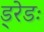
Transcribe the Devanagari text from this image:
ड्रेडः